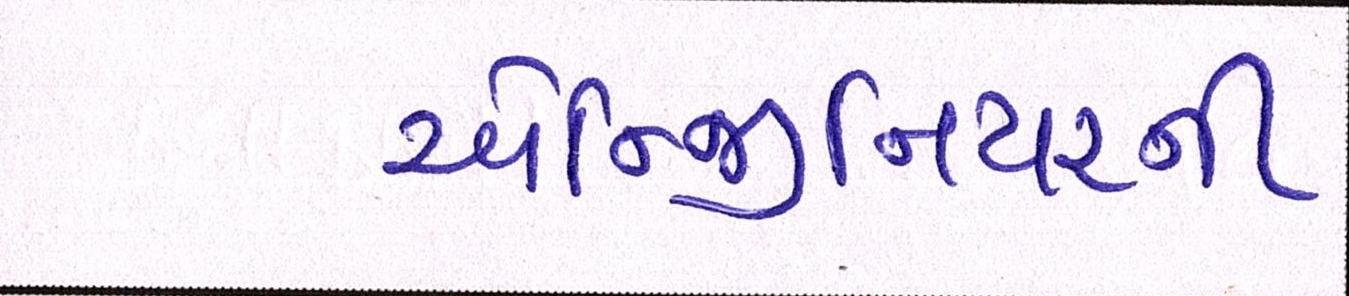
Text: એન્જિનિયરની